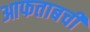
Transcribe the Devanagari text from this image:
आफताबची